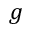
g